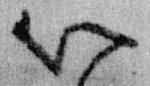
以